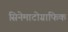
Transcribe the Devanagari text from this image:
सिनेमाटोग्राफिक